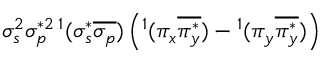
\sigma _ { s } ^ { 2 } \sigma _ { p } ^ { * 2 } { } \, ^ { 1 } ( \sigma _ { s } ^ { * } \overline { { \sigma _ { p } } } ) \left( ^ 1 ( \pi _ { x } \overline { { \pi _ { y } ^ { * } } } ) - { } ^ { 1 } ( \pi _ { y } \overline { { \pi _ { y } ^ { * } } } ) \right)